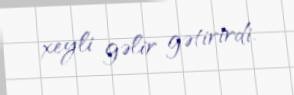
xeyli gəlir gətirirdi.